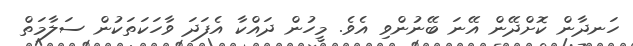
ހަނދާން ކޮށްދޭން އޭނަ ބޭނުންވި އެވެ. މީހުން ދައްކާ އެފަދަ ވާހަކަތަކުން ސަލާމަތް